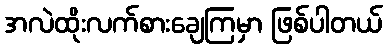
အလဲထိုးလက်စားချေကြမှာ ဖြစ်ပါတယ်